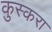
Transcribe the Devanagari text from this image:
कुस्करा